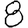
Digit: 8